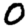
Digit: 0